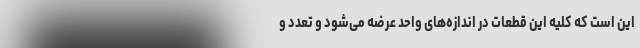
این است که کلیه این قطعات در اندازه‌های واحد عرضه می‌شود و تعدد و